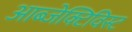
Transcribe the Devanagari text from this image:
आब्जेक्टिविस्ट